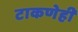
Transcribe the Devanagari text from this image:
टाकणेही